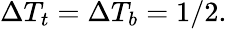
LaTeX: \Delta T_{t}=\Delta T_{b}=1/2.